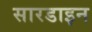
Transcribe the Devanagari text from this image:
सारडाइन